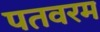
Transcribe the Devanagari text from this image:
पतवरम